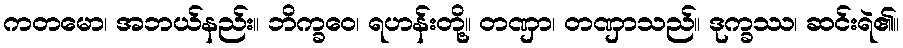
ကတမော၊ အဘယ်နည်း။ ဘိက္ခဝေ၊ ရဟန်းတို့။ တဏှာ၊ တဏှာသည်။ ဒုက္ခဿ၊ ဆင်းရဲ၏။